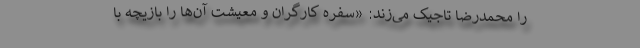
را محمدرضا تاجیک می‌زند: «سفره کارگران و معیشت آن‌ها را بازیچه با